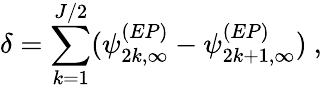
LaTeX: \delta=\sum_{k=1}^{J/2}(\psi_{2k,\infty}^{(EP)}-\psi_{2k+1,\infty}^{(EP)})~,